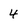
Character: 4